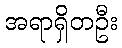
အရာရှိတဦး